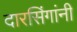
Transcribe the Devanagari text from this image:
दारसिंगांनी